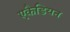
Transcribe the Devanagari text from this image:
एकैडियन